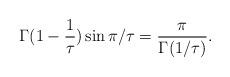
LaTeX: \begin{align*}\Gamma(1-\frac{1}{\tau})\sin\pi/\tau = \frac{\pi}{\Gamma(1/\tau)}.\end{align*}